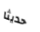
حديثا